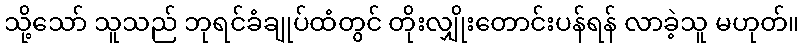
သို့သော် သူသည် ဘုရင်ခံချုပ်ထံတွင် တိုးလျှိုးတောင်းပန်ရန် လာခဲ့သူ မဟုတ်။